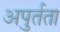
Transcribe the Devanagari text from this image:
अपुर्तता